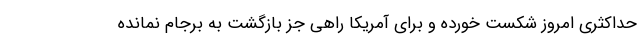
حداکثری امروز شکست خورده و برای آمریکا راهی جز بازگشت به برجام نمانده